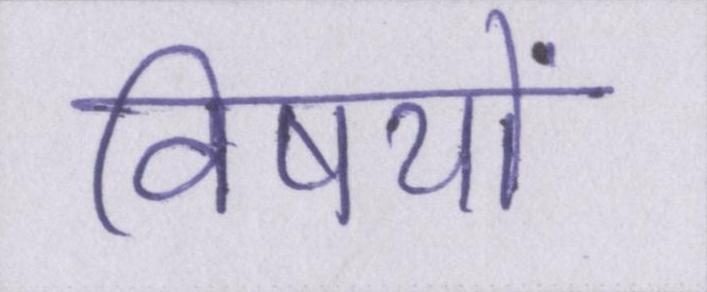
विषयों